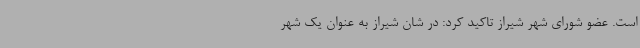
است. عضو شورای شهر شیراز تاکید کرد: در شان شیراز به عنوان یک شهر